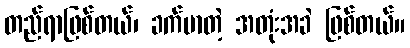
တည်ရာဖြစ်တယ်၊ ခက်မာတဲ့ အတုံးအခဲ ဖြစ်တယ်။